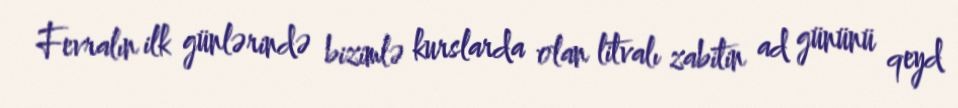
Fevralın ilk günlərində bizimlə kurslarda olan litvalı zabitin ad gününü qeyd